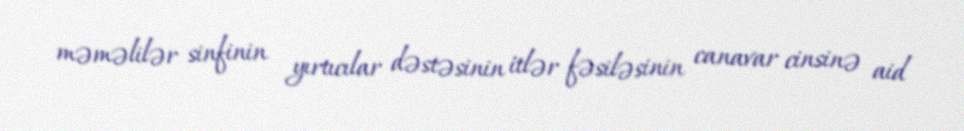
məməlilər sinfinin yırtıcılar dəstəsinin i̇tlər fəsiləsinin canavar cinsinə aid